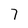
Character: 7